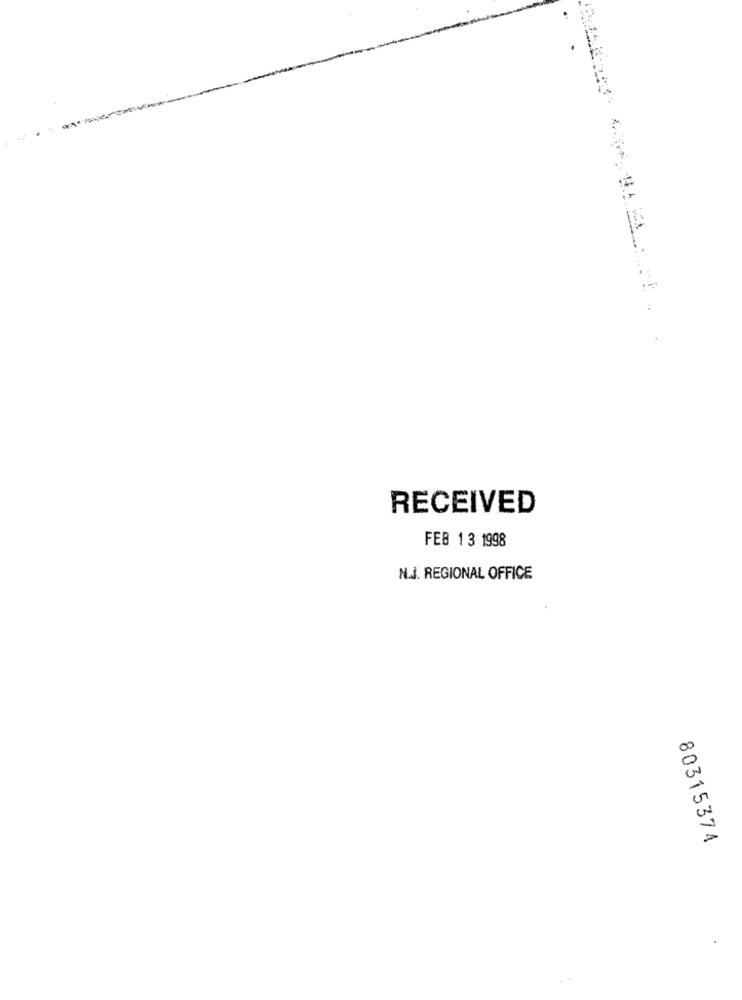
RECEIVED
FEB 13 1998
N.J. REGIONAL OFFICE
00
0
80315374